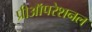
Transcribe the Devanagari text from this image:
प्रीऑपरेशनल